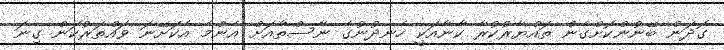
ގޮދަން ބޭނުންކޮށްގެން ތައްޔާރުކުރާ ކާނާއަކީ ހެނދުނުގެ ނާސްތާއަށް އެންމެ އެކަށޭނަ ވައްތަރުކަން ގިނަ